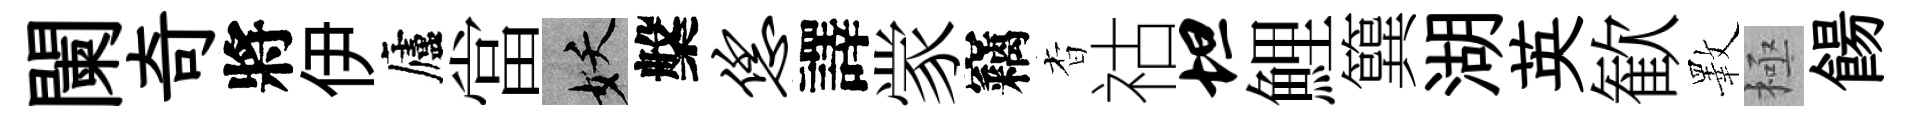
闌奇將伊廬當妖槃恁譯䝉竊杳祜坦鯉簨湖英歓斁極餳